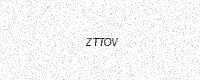
Text: ZTTOV